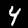
Label: 4